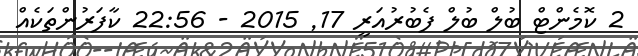
2 ކޮމެންޓް ބުލް ބުލް ފެބުރުއަރީ 17